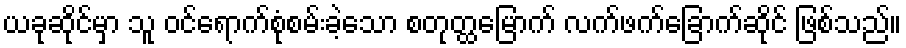
ယခုဆိုင်မှာ သူ ဝင်ရောက်စုံစမ်းခဲ့သော စတုတ္ထမြောက် လက်ဖက်ခြောက်ဆိုင် ဖြစ်သည်။